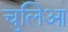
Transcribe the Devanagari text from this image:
चुलिआ